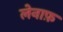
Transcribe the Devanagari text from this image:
लेनाफ़